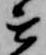
を